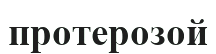
протерозой